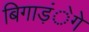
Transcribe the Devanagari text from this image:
बिगाड़ंेगे